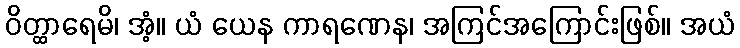
ဝိတ္ထာရေမိ၊ အံ့။ ယံ ယေန ကာရဏေန၊ အကြင်အကြောင်းဖြစ်။ အယံ